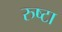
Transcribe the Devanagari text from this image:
रुष्टा